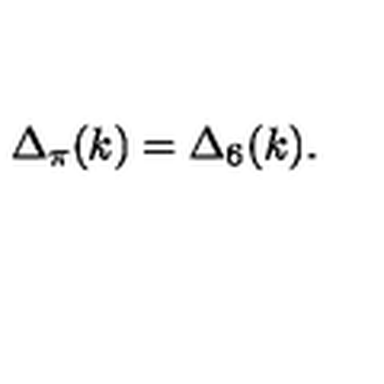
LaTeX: \Delta _ { \pi } ( k ) = \Delta _ { 6 } ( k ) .